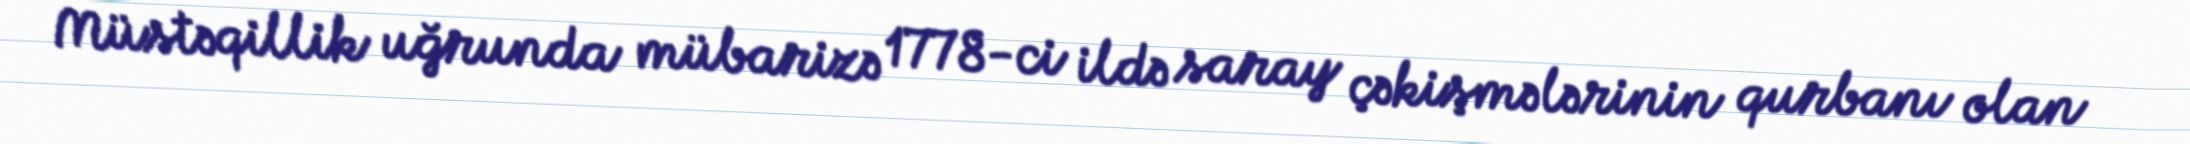
Müstəqillik uğrunda mübarizə 1778-ci ildə saray çəkişmələrinin qurbanı olan